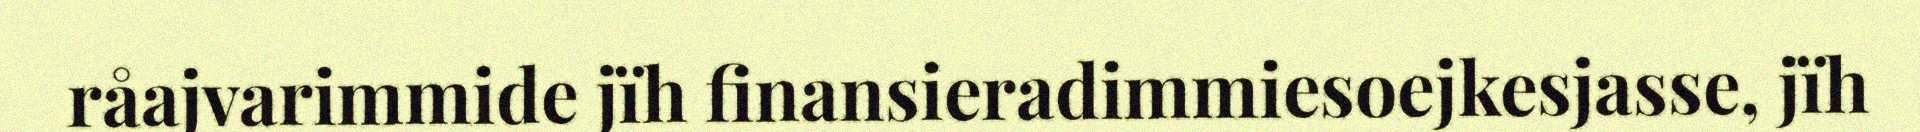
råajvarimmide jïh finansieradimmiesoejkesjasse, jïh